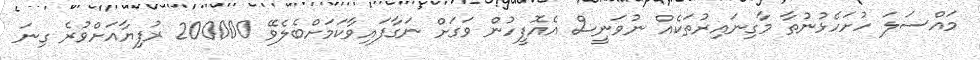
މައްސަލަ ހުށަހެޅުނުތާ މާގިނައިރުތަކެއް ނުވަނީސް އެއޮފީހުން ވަގަށް ނަގާފައިވާކަމަށްބެލެވޭ 200000 ރުފިޔާއަށްވުރެ ގިނަ